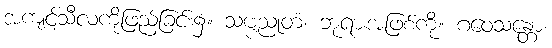
အကျင့်သီလကိုဖြည့်ခြင်း၌။ သဗ္ဗညုတံ၊ ဘုရားအဖြစ်ကို။ ဂဝေသန္တော၊